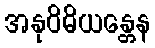
အနုဝိဓိယန္တေန